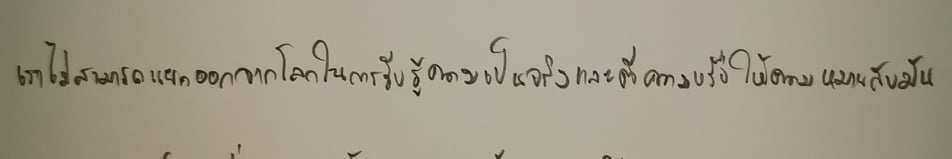
เราไม่สามารถแยกออกจากโลกในการรับรู้ความเป็นจริงและตีความหรือให้ความหมายกับมัน